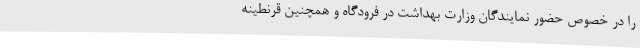
را در خصوص حضور نمایندگان وزارت بهداشت در فرودگاه و همچنین قرنطینه